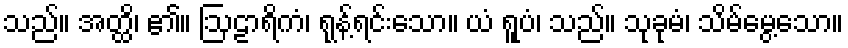
သည်။ အတ္ထိ၊ ၏။ ဩဠာရိကံ၊ ရုန့်ရင်းသော။ ယံ ရူပံ၊ သည်။ သုခုမံ၊ သိမ်မွေ့သော။